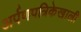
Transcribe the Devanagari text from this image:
अर्पणपत्रिकेखाली